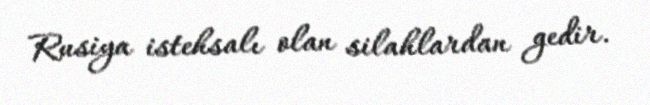
Rusiya istehsalı olan silahlardan gedir.